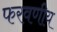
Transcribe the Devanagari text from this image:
फरवणीय